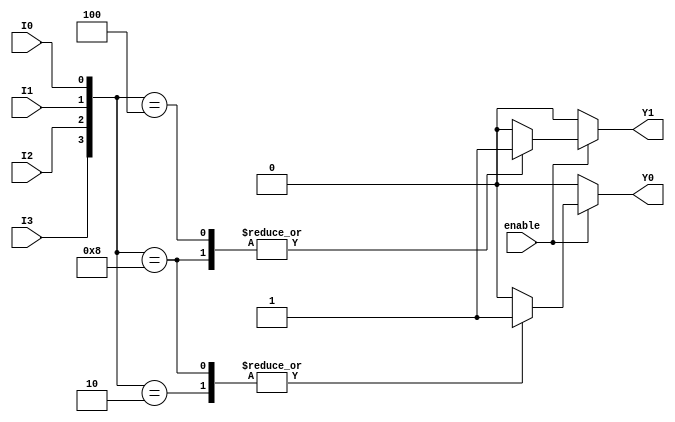
module encoder_4to2 (
    input wire I0,    // Input 0
    input wire I1,    // Input 1
    input wire I2,    // Input 2
    input wire I3,    // Input 3
    input wire enable, // Enable signal
    output reg Y0,    // Output 0
    output reg Y1     // Output 1
);

always @(*) begin
    if (!enable) begin
        // If enable is low, set outputs to 00
        Y0 = 0;
        Y1 = 0;
    end else begin
        // Encoder logic
        case ({I3, I2, I1, I0})
            4'b0000: begin
                Y0 = 0;
                Y1 = 0; // No active input
            end
            4'b0001: begin
                Y0 = 0;
                Y1 = 0; // I0 active
            end
            4'b0010: begin
                Y0 = 1;
                Y1 = 0; // I1 active
            end
            4'b0100: begin
                Y0 = 0;
                Y1 = 1; // I2 active
            end
            4'b1000: begin
                Y0 = 1;
                Y1 = 1; // I3 active
            end
            default: begin
                Y0 = 0;
                Y1 = 0; // Default case for multiple inputs active or undefined state
            end
        endcase
    end
end

endmodule